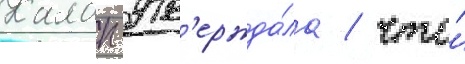
Калап утв'ержда́ла / что́